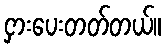
ငှားပေးတတ်တယ်။